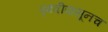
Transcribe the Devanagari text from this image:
पृथ्वीपासूनच